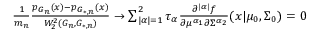
\begin{array} { r } { \frac { 1 } { m _ { n } } \frac { p _ { G _ { n } } ( x ) - p _ { G _ { * , n } } ( x ) } { W _ { 2 } ^ { 2 } ( G _ { n } , G _ { * , n } ) } \to \sum _ { | \alpha | = 1 } ^ { 2 } { \tau _ { \alpha } \frac { \partial ^ { | \alpha | } { f } } { \partial { \mu ^ { \alpha _ { 1 } } } \partial { \Sigma ^ { \alpha _ { 2 } } } } ( x | \mu _ { 0 } , \Sigma _ { 0 } ) } = 0 } \end{array}